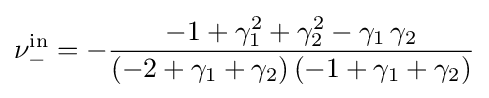
\nu _{-}^{\mathrm {in} }=-{\frac {-1+\gamma _{1}^{2}+\gamma _{2}^{2}-\gamma _{1}\,\gamma _{2}}{(-2+\gamma _{1}+\gamma _{2})\,(-1+\gamma _{1}+\gamma _{2})}}